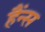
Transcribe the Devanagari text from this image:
हैंन्स